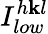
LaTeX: I_{low}^{h\mathbf{k}l}